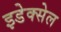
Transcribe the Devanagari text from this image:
इडेक्सेल